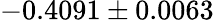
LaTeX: -0.4091\pm 0.0063